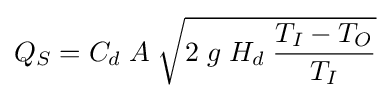
Q_{S}=C_{d}\;A\;{\sqrt {2\;g\;H_{d}\;{\frac {T_{I}-T_{O}}{T_{I}}}}}